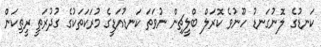
ކަނޑުގެ ލޮނުގަނޑު ހޫނުވެ ކޮރަލް ބްލީޗިން ނުވަތަ ކަނޑުއަޑީގެ މުރަކަތަކުގެ ގުދުރަތީ ރީތިކަން